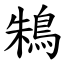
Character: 鴸